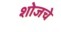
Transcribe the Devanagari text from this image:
शोजचे